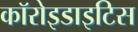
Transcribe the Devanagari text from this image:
कॉरोइडाइटिस